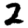
Digit: 2